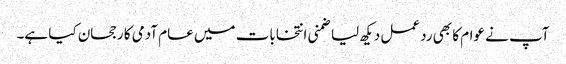
آپ نے عوام کا بھی رد عمل دیکھ لیا ضمنی انتخابات میں عام آدمی کا رجحان کیا ہے۔